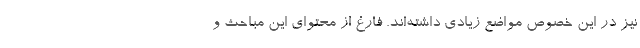
نیز در این خصوص مواضع زیادی داشته‌اند. فارغ از محتوای این مباحث و